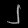
Digit: ၂